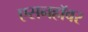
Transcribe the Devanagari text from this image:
एसनहॉवर